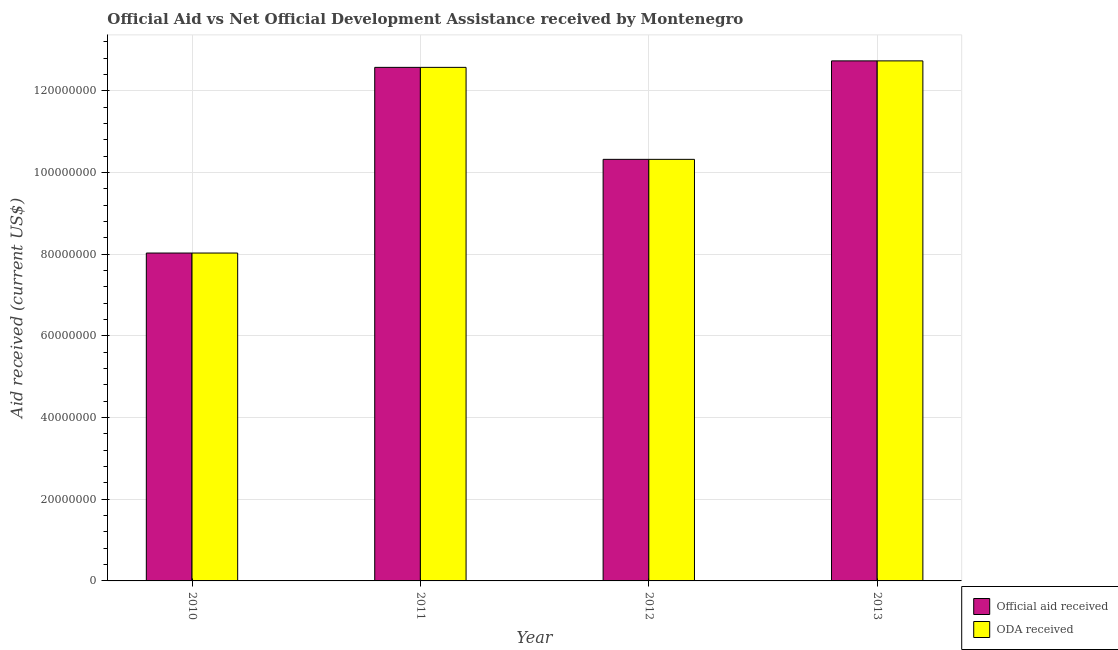
| Year | Official aid received | ODA received |
 | --- | --- | --- |
 | 2010 | 8.03e+07 | 8.03e+07 |
 | 2011 | 1.26e+08 | 1.26e+08 |
 | 2012 | 1.03e+08 | 1.03e+08 |
 | 2013 | 1.27e+08 | 1.27e+08 |